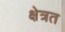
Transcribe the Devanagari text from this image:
क्षेत्रत